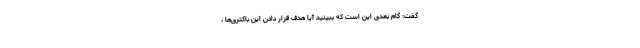
گفت: گام بعدی این است که ببینید آیا هدف قرار دادن این باکتری‌ها ،